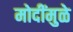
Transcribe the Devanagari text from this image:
मोदींमुळे